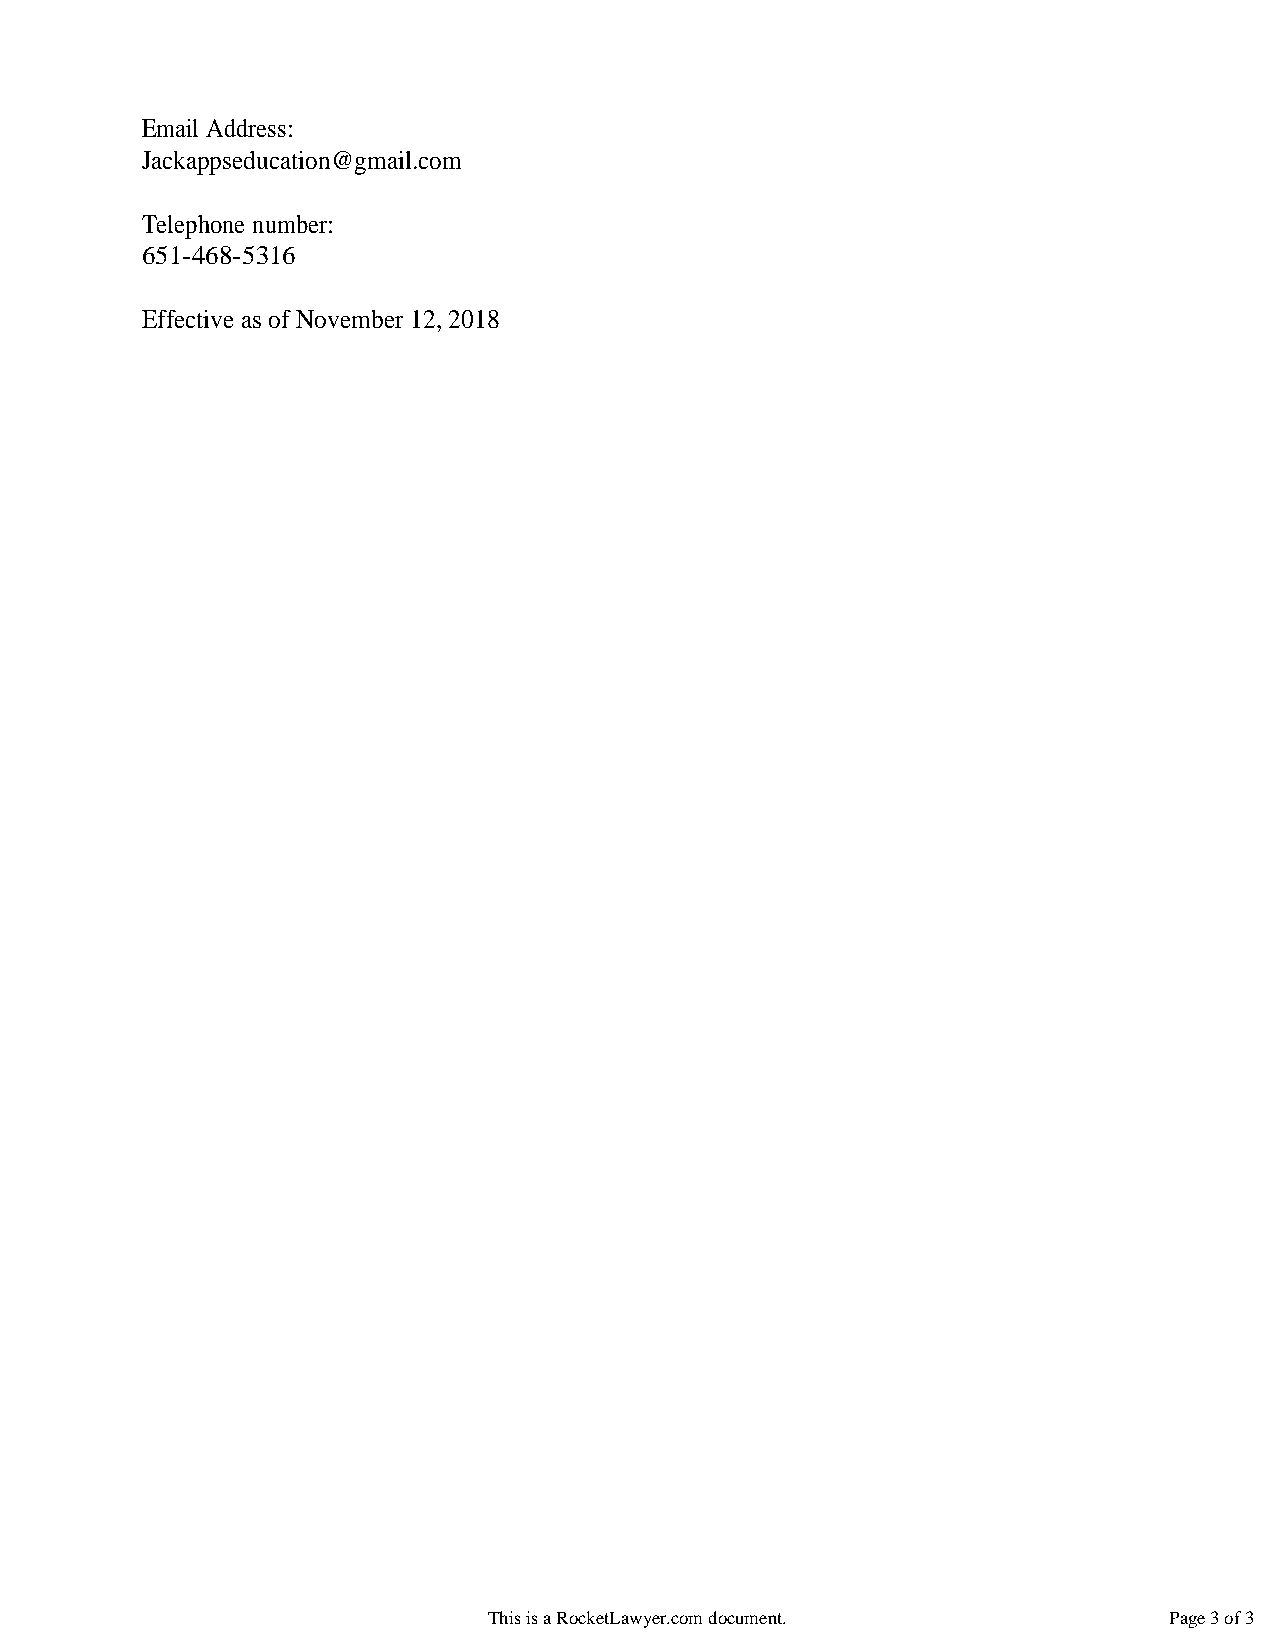
Email Address:
 Jackappseducation@gmail.com
 Telephone number:
 651-468-5316
 Effective as of November 12, 2018
 This is a RocketLawyer.com document.         Page 3 of 3